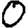
Digit: 0